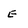
Character: E